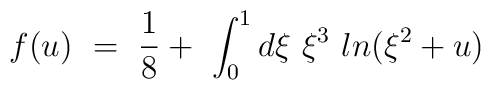
f(u) \ = \ \frac{1}{8} + \ \int_0^1 d\xi \ \xi^3 \ ln (\xi ^2 + u)